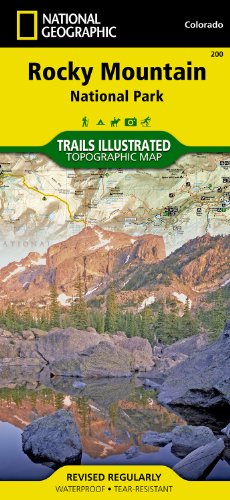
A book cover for Rocky Mountain National Park Hiking Map; Trails Illustrated Maps; Travel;